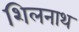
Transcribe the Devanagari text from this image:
शिलनाथ